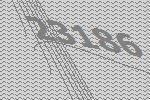
23186